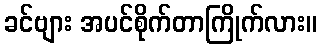
ခင်ဗျား အပင်စိုက်တာကြိုက်လား။